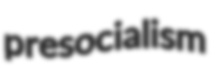
presocialism